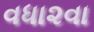
વધા૨વા